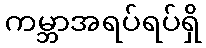
ကမ္ဘာအရပ်ရပ်ရှိ